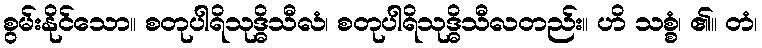
စွမ်းနိုင်သော။ စတုပါရိသုဒ္ဓိသီလံ၊ စတုပါရိသုဒ္ဓိသီလတည်း။ ဟိ သစ္စံ၊ ၏။ တံ၊